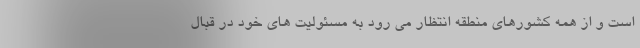
است و از همه کشورهای منطقه انتظار می رود به مسئولیت های خود در قبال